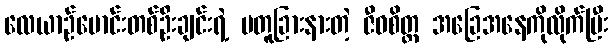
လေယာဉ်မောင်းတစ်ဦးချင်းရဲ့ မတူခြားနားတဲ့ ဇီဝစိတ္တ အခြေအနေကိုလိုက်ပြီး